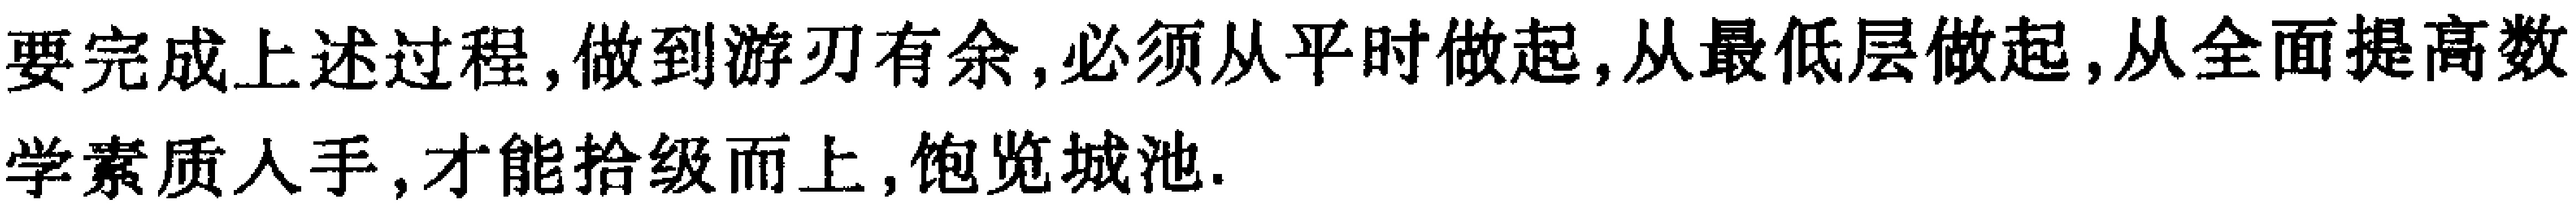
要完成上述过程,做到游刃有余,必须从平时做起,从最低层做起,从全面提高数学素质入手,才能拾级而上,饱览城池.